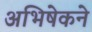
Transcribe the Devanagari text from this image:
अभिषेकने